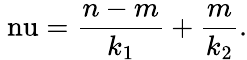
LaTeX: \mathrm{\ nu}=\frac{n-m}{k_{1}}+\frac{m}{k_{2}}.